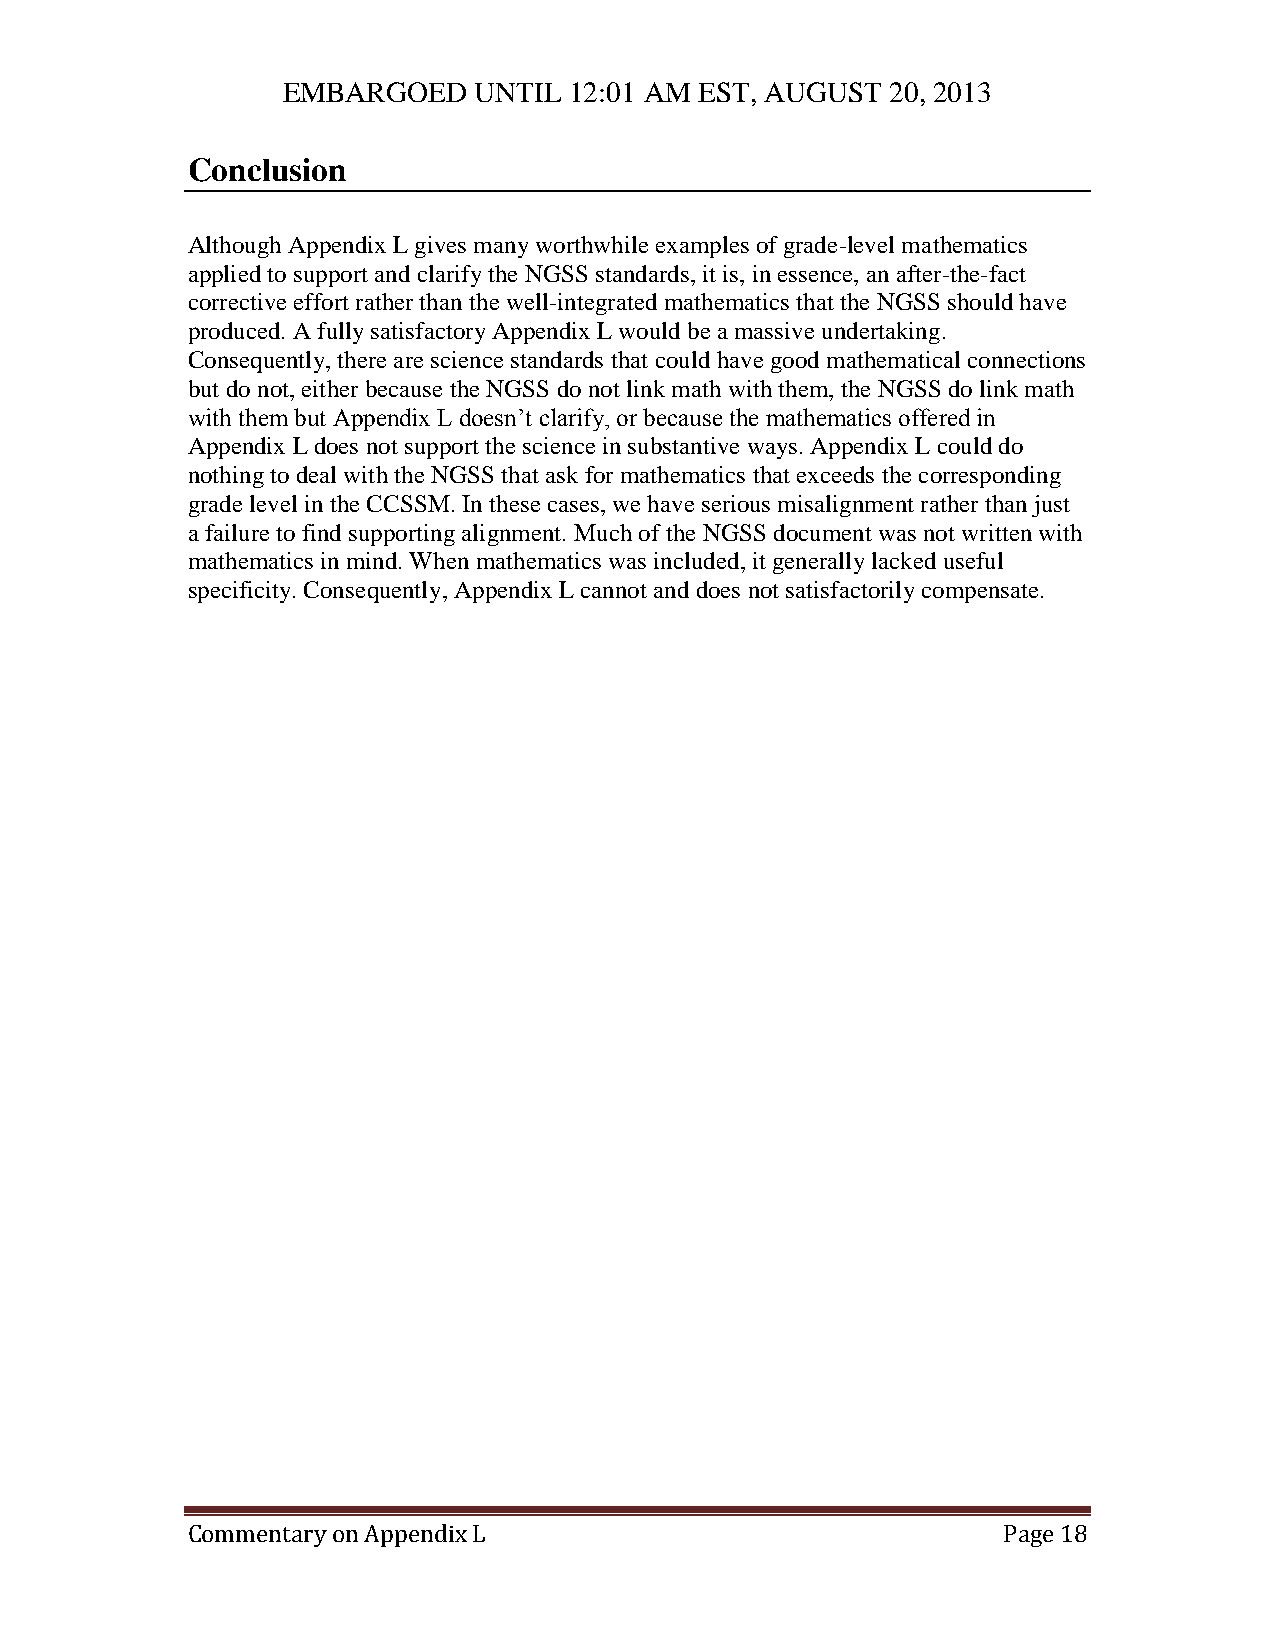
EMBARGOED   UNTIL  12:01 AM EST, AUGUST 20, 2013
 Conclusion
 Although Appendix L gives many worthwhile examples of grade-level mathematics
 applied to support and clarify the NGSS standards, it is, in essence, an after-the-fact
 corrective effort rather than the well-integrated mathematics that the NGSS should have
 produced. A fully satisfactory Appendix L would be a massive undertaking.
 Consequently, there are science standards that could have good mathematical connections
 but do not, either because the NGSS do not link math with them, the NGSS do link math
 with them but Appendix L doesn’t clarify, or because the mathematics offered in
 Appendix L does not support the science in substantive ways. Appendix L could do
 nothing to deal with the NGSS that ask for mathematics that exceeds the corresponding
 grade level in the CCSSM. In these cases, we have serious misalignment rather than just
 a failure to find supporting alignment. Much of the NGSS document was not written with
 mathematics in mind. When mathematics was included, it generally lacked useful
 specificity. Consequently, Appendix L cannot and does not satisfactorily compensate.
 Commentary on Appendix L                              Page 18